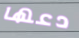
دعها